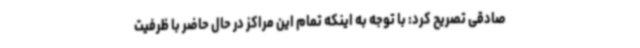
صادقی تصریح کرد: با توجه به اینکه تمام این مراکز در حال حاضر با ظرفیت